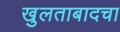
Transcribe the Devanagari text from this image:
खुलताबादचा